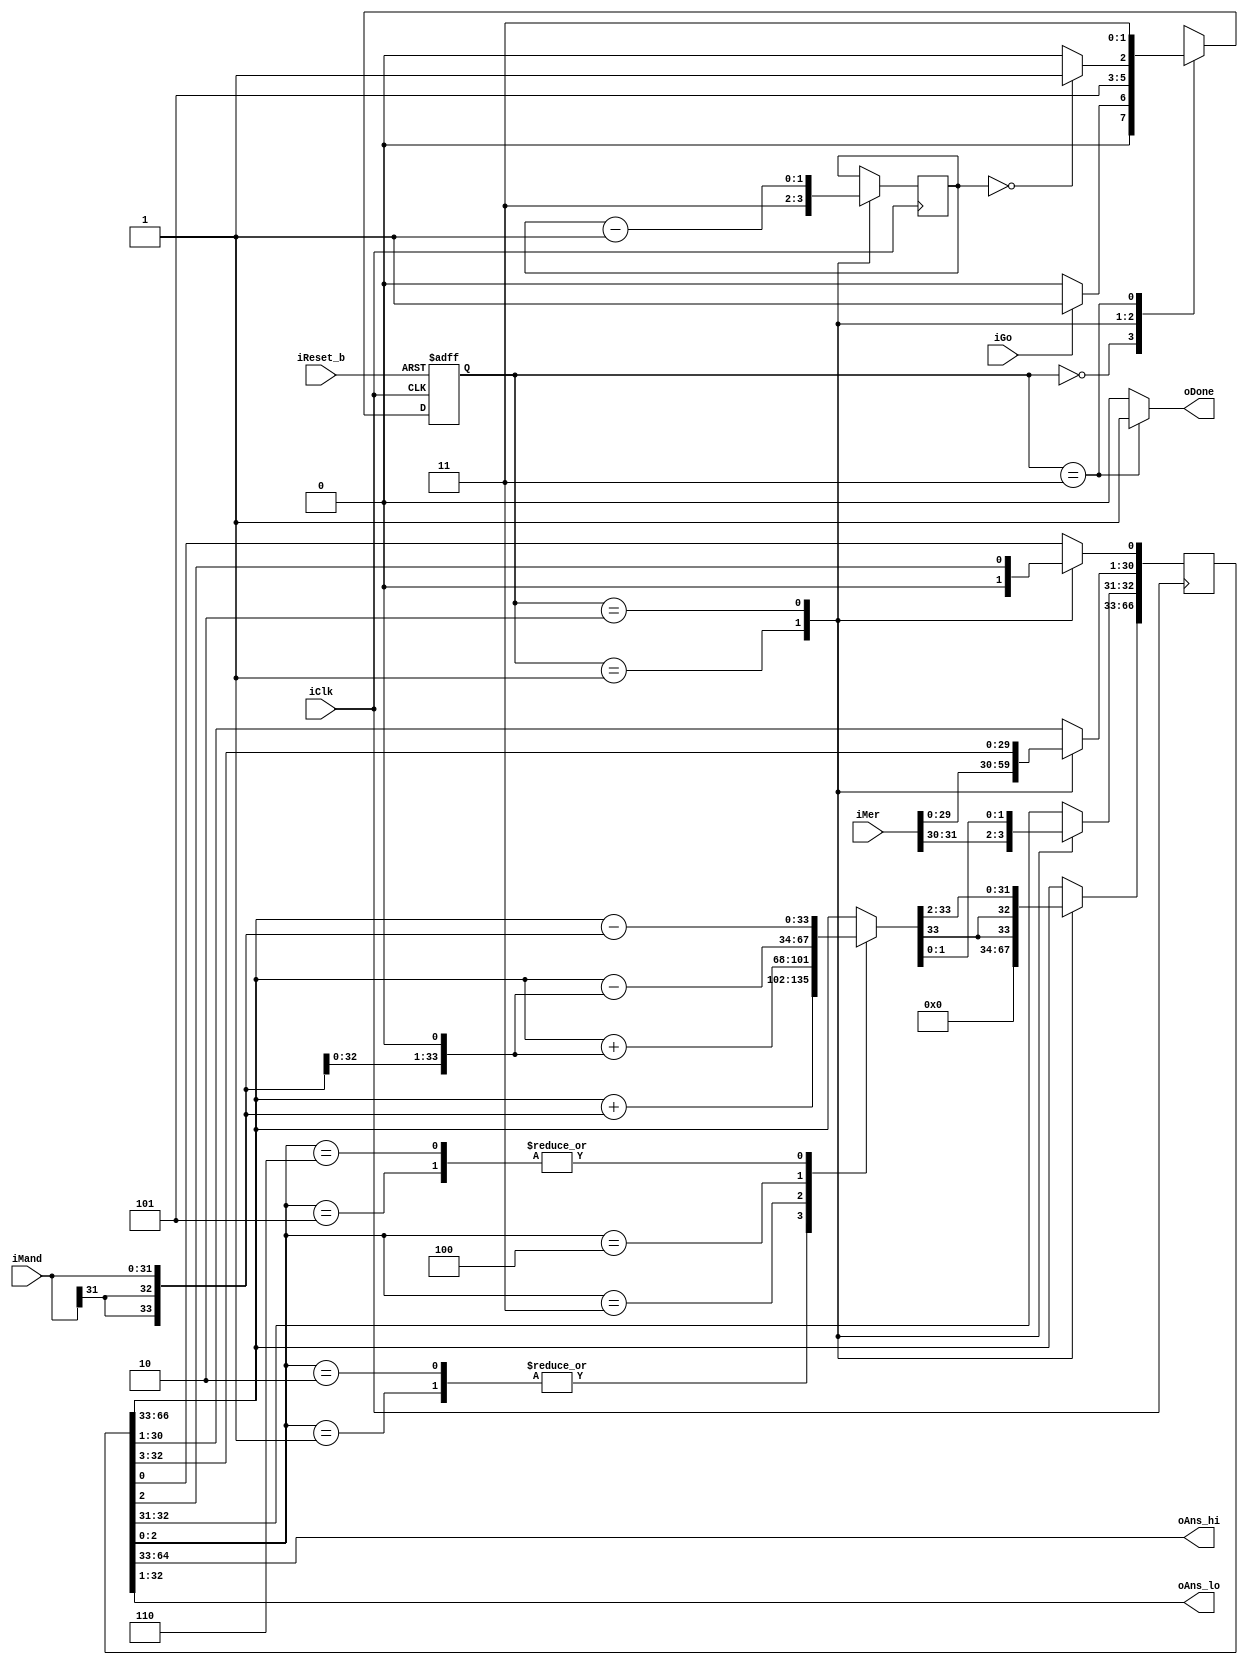
//-----------------------------------------------------------------------------
//
// This is a Booth recoded 32x32 multiplier producing a 64-bit product.
//
// Shift and add are done in the same cycle
//
//-----------------------------------------------------------------------------

module booth(
             iClk,      // input clock
             iReset_b,  // reset signal
             iGo,       // indicates inputs are ready
             oDone,     // indicates that the result is ready
             iMer,      // 32-bit multiplier
             iMand,     // 32-bit multiplicand
             oAns_hi,   // 32-bit product_lo
             oAns_lo    // 32-bit product_hi
             );

    input iClk,iReset_b,iGo;
    input [31:0] iMer,iMand;
    output oDone;
    output [31:0] oAns_hi, oAns_lo;


    // State names

    parameter	WaitForGoState = 2'd0,
		InitState = 2'd1,
		AddShiftState = 2'd2,
		DoneState = 2'd3;

    reg [1:0] PresentState, NextState;

    reg [1:0] NumShifts;

    reg [66:0] Product;
    reg [33:0] Sum;


//-----------------------------------------------------------------------------
//  This is the main FSM controller
//-----------------------------------------------------------------------------

    always @(iGo,PresentState,NumShifts)
        
    begin :  Controller
        case (PresentState)

            WaitForGoState:
                if (iGo)
                    NextState = InitState;
                else
                    NextState = WaitForGoState;

            InitState:
                NextState = AddShiftState;

            AddShiftState:
                if (NumShifts == 4'b0000)
                    NextState = DoneState;
                else
                    NextState = AddShiftState;

            DoneState:
                NextState = DoneState;

	    default:
		NextState = InitState;
        endcase //  PresentState
    end // Controller;
    


    always @(posedge iClk or negedge iReset_b)
    
    begin //  StateRegs
        if (!iReset_b)
            PresentState <= WaitForGoState;
        else
            PresentState <= NextState;
    end // StateRegs;


//-----------------------------------------------------------------------------
//  This does the addition of the appropriate version of the multiplicand
//-----------------------------------------------------------------------------

    reg [33:0] Mand1,Mand2;

    always @(Product,iMand)
        
    begin //  Adder
        Mand1 = {iMand[31],iMand[31],iMand};  // sign extend to 34 bits
        Mand2 = Mand1<<1;

        case (Product[2:0])
            3'b000:
                Sum = Product[66:33];
            3'b001:
                Sum = Product[66:33] + Mand1;
            3'b010:
                Sum = Product[66:33] + Mand1;
            3'b011:
                Sum = Product[66:33] + Mand2;
            3'b100:
                Sum = Product[66:33] - Mand2;
            3'b101:
                Sum = Product[66:33] - Mand1;
            3'b110:
                Sum = Product[66:33] - Mand1;
            default:
                Sum = Product[66:33];
        endcase  //  Product[2:0]
    end // Adder


//-----------------------------------------------------------------------------
//  This is the Product register and counter
//-----------------------------------------------------------------------------

    always @(posedge iClk)
        
    begin //  ProdReg
            case (PresentState)

                WaitForGoState:
		    ;
                InitState:
		  begin
                    Product[66:33] <= 34'd0;
                    Product[32:1] <= iMer;
                    Product[0] <= 1'b0;
                    NumShifts <= 4'b1111;
		  end

                AddShiftState:
		  begin
                    //---------------------------------------------------------
                    //  This takes the Sum, sign extends it to 36 bits and
                    //  puts that into the top part of the Product register,
                    //  effectively shifting it at the same time.  The bottom
                    //  part of the register is loaded with a shifted value of
                    //  the previous contents in that part.
                    //  The counter is also updated here.
                    //---------------------------------------------------------
                    Product[66:31] <= {Sum[33],Sum[33],Sum};
                    Product[30:0] <= Product[32:2];
                    NumShifts <= NumShifts - 4'b0001;
		  end
                DoneState:
		;
            endcase //  PresentState

    end //ProdReg;

    
//-----------------------------------------------------------------------------
//  The output product and done signal.
//-----------------------------------------------------------------------------

    assign oAns_hi = Product[64:33];
    assign oAns_lo = Product[32:1];

    assign oDone = (PresentState == DoneState) ? 1'b1:1'b0;

endmodule  // of booth